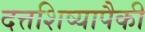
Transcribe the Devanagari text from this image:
दत्तशिष्यापैकी